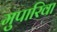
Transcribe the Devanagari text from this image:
मुपारिवा